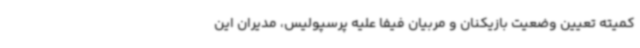
کمیته تعیین وضعیت بازیکنان و مربیان فیفا علیه پرسپولیس، مدیران این